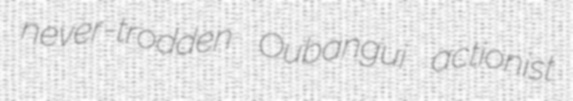
never-trodden Oubangui actionist